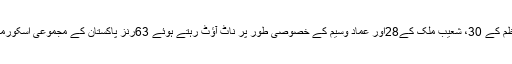
ٹیم کی کمر ٹوٹ چکی تھی لیکن وکٹ کیپر سرفراز کے105رنز کے ساتھ بابر اعظم کے 30، شعیب ملک کے28اور عماد وسیم کے خصوصی طور پر ناٹ آؤٹ رہتے ہوئے 63رنز پاکستان کے مجموعی اسکورمیں اضافے کا باعث بنے اور ساری ٹیم49.5اَوورزمیں 251رنز بنا کر آؤٹ ہوگئی۔